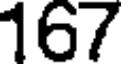
167